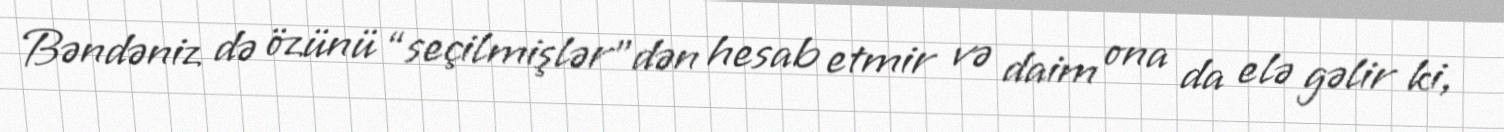
Bəndəniz də özünü “seçilmişlər”dən hesab etmir və daim ona da elə gəlir ki,